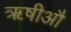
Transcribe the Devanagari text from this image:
ॠषीऔ